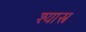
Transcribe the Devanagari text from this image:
श्यास्त्र